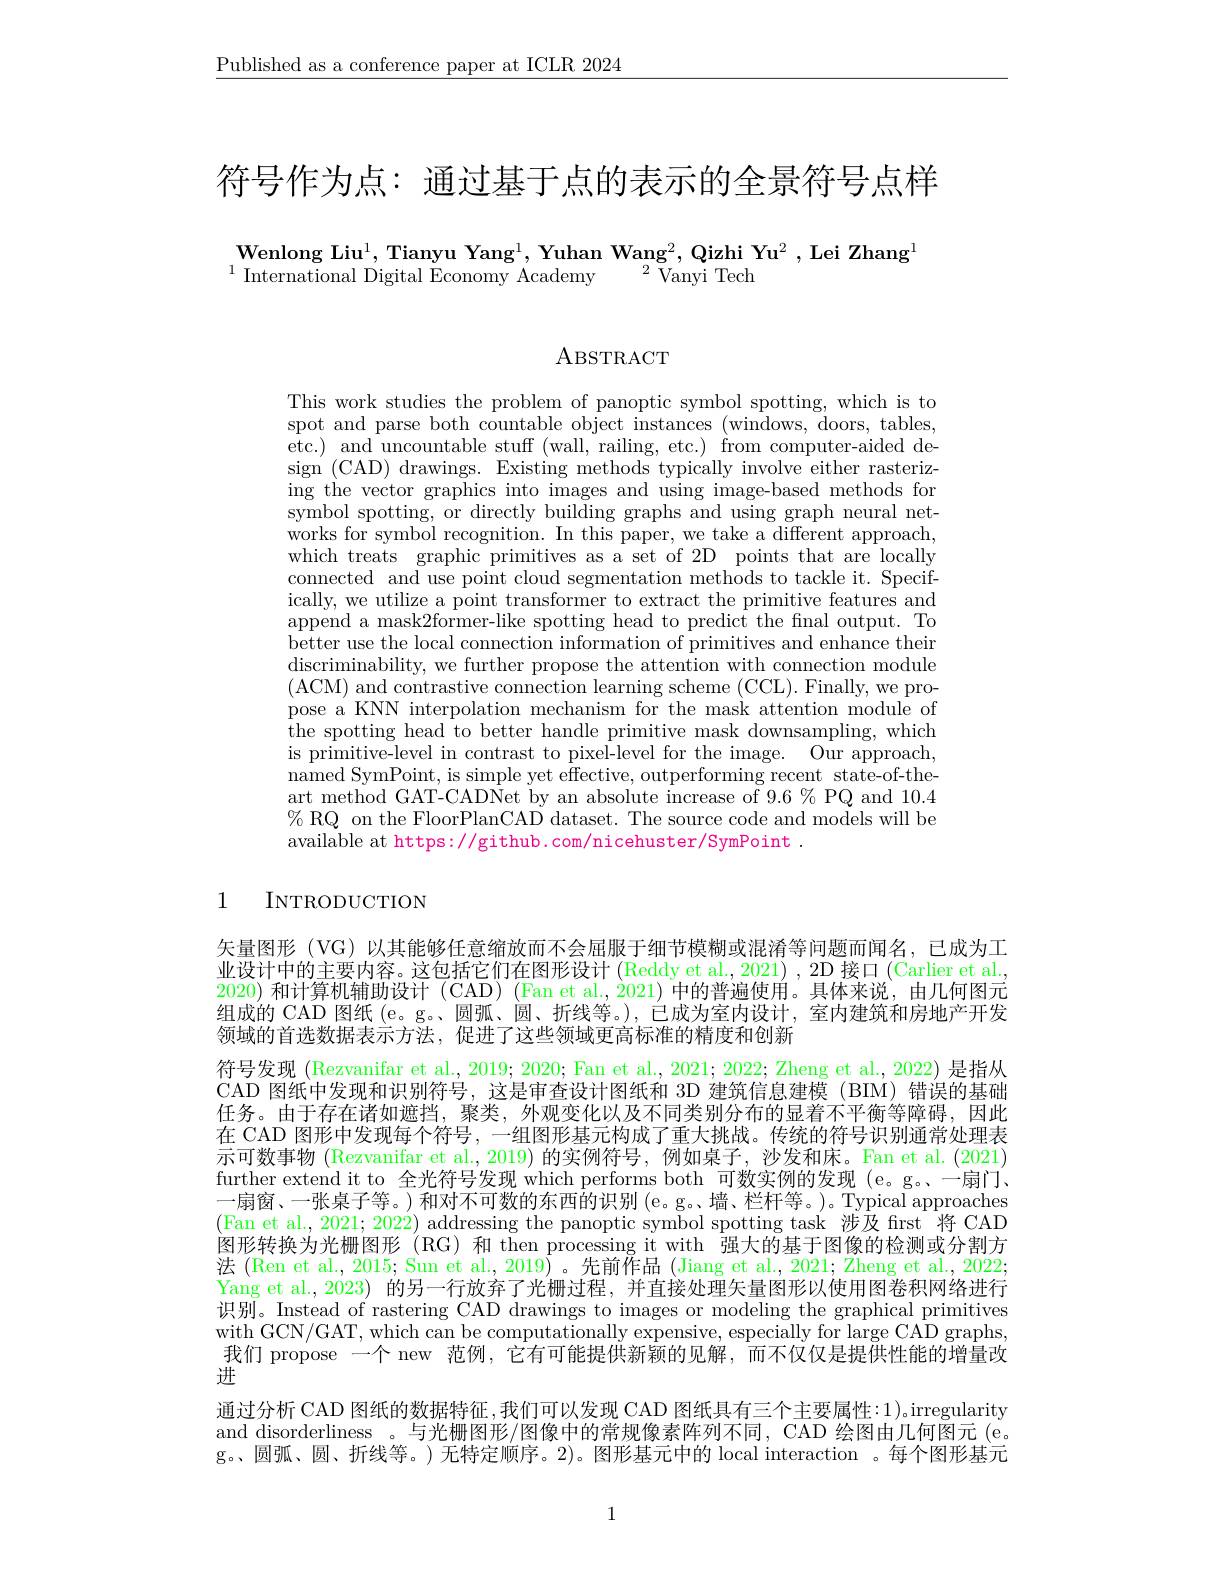
$\underline{\text{Published as a conferenc}}$

符号作为点：通过基于点的表示的全景符号点样

# $\mathbf{Wenlong~Liu}^1$, Tianyu Yang$^1,\textbf{Yuhan Wang}^2,\textbf{Qizhi Yu}^2,\textbf{Lei Zhang}^1$ $^{1}$ International Digital Economy Academy {}{}{}{}{}{}{}{}{}{}{}{}{}{}

ABSTRACT

This work studies the problem of panoptic symbol spotting, which is to spot and parse both countabl etc.) and uncountable stuff (wall, railing, etc.) from computer-aided design (CAD) drawings. Existing methods typically involve either rasterizing the vector graphics into symbol spotting, or directly works for symbol recognition which treats graphic primiti connected and use point clou ically, we utilize a point t append a mask2former-like sp better use the local connect discriminability, we further (ACM) and contrastive conn pose a KNN interpolation mec ${\dot{\text{the spotting head to better handle primitive mask downsampling, which}}}$ is primitive-level in contrast to pixel-level for the image. Our approach, $\dot{\text{named SymPoint, is simpl}}$ art method GAT-CADNet by an absolute increase of 9.6 % PQ and 10.4 % RQ on the FloorPlanCAD dataset. The source code and models will be available at https://github.com/nicehuster/SymPoint .

## 1 INTRODUCTION

矢量图形(VG)以其能够任意缩放而不会屈服于细节模糊或混淆等问题而闻名，已成为工业设计中的主要内容。这包括它们在图形设计 (Reddy et al, 2021) , 2D 接口 (Carlier et al., 2020)和计算机辅助设计 (CAD) (Fan et al., 2021) 中的普遍使用。具体来说，由几何图元组成的 CAD 图纸 (e。g。、圆弧、圆、折线等。),已成为室内设计，室内建筑和房地产开发领域的首选数据表示方法，促进了这些领域更高标准的精度和创新
符号发现 (Rezvanifar et al., 2019; 2020; Fan et al., 2021; 2022; Zheng et al., 2022) 是指从CAD 图纸中发现和识别符号，这是审查设计图纸和 3D 建筑信息建模(BIM)错误的基础任务。由于存在诸如遮挡，聚类，外观变化以及不同类别分布的显着不平衡等障碍，因此在 CAD 图形中发现每个符号，一组图形基元构成了重大挑战。传统的符号识别通常处理表示可数事物(Rezvanifar et al.,2019) 的实例符号，例如桌子，沙发和床。Fan et al. (2021) further extend it to 全光符号发现 which performs both 可数实例的发现 (e。g。一扇门、 一扇窗、一张桌子等。)和对不可数的东西的识别(e。g。墙、栏杆等。)。Typical approaches Fan et al., 2021; 2022) addressing the panoptic symbol spotting task 涉及 first 将 CAL 图形转换为光栅图形 (RG) 和 then processing it with 强大的基于图像的检测或分割方法 (Ren et al., 2015; Sun et al., 2019) 。先前作品 (Jiang et al., 2021; Zheng et al., 2022; Yang et al.,2023) 的另一行放弃了光栅过程，并直接处理矢量图形以使用图卷积网络进行识别。Instead of rastering CAD drawings to images or modeling the graphical primitives with GCN/GAT, which can be computationally expensive, especially for large CAD graphs, 我们 propose 一个 new 范例，它有可能提供新颖的见解，而不仅仅是提供性能的增量改进
通过分析 CAD 图纸的数据特征 ,我们可以发现 CAD 图纸具有三个主要属性：1)。irregularity and disorderliness 。与光栅图形/图像中的常规像素阵列不同，CAD 绘图由几何图元(e。g。圆弧、圆、折线等。)无特定顺序。2)。图形基元中的 local interaction 。每个图形基元

1